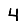
Digit: 4